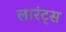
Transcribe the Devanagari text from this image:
लारंट्स